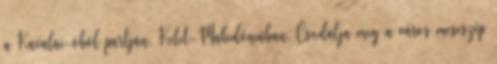
a Kavalai-öböl partján, Kelet-Makedóniában. Csodálja meg a város meseszép